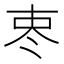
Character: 栆